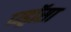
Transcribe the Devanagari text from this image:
प्य्ड्रॉसा